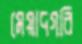
মেয়াদগরি